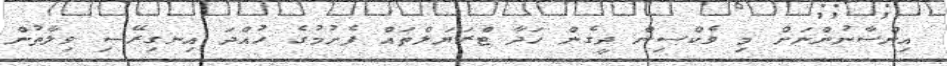
އިންސާނުންނަށް މި ވެކްސިން ދީގެން ހަދާ ޓްރަޔަލްތައް ފެށުމުގެ ހުއްދަ އިނގިރޭސި ވިލާތުން